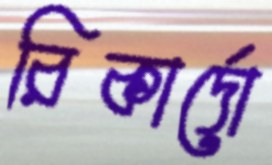
রিকার্দো